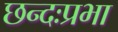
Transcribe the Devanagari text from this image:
छन्दःप्रभा